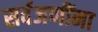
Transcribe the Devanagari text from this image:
सर्वजणींना